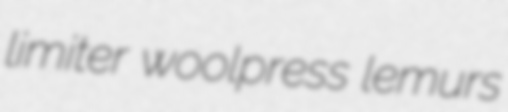
limiter woolpress lemurs